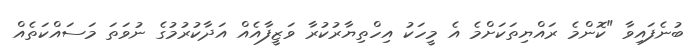
ބުނެފައިވާ "ކޮންމެ ރައްޔިތަކަށްމެ އެ މީހަކު އިހްތިޔާރުކުރާ ވަޒީފާއެއް އަދާކުރުމުގެ ނުވަތަ މަސައްކަތެއް